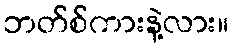
ဘတ်စ်ကားနဲ့လား။